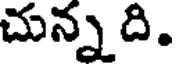
చున్న ది.